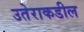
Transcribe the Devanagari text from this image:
उतेराकडील